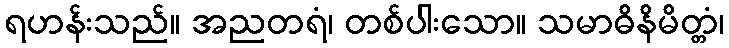
ရဟန်းသည်။ အညတရံ၊ တစ်ပါးသော။ သမာဓိနိမိတ္တံ၊